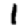
Digit: 1